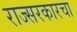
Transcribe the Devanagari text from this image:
राज्सरकारचा